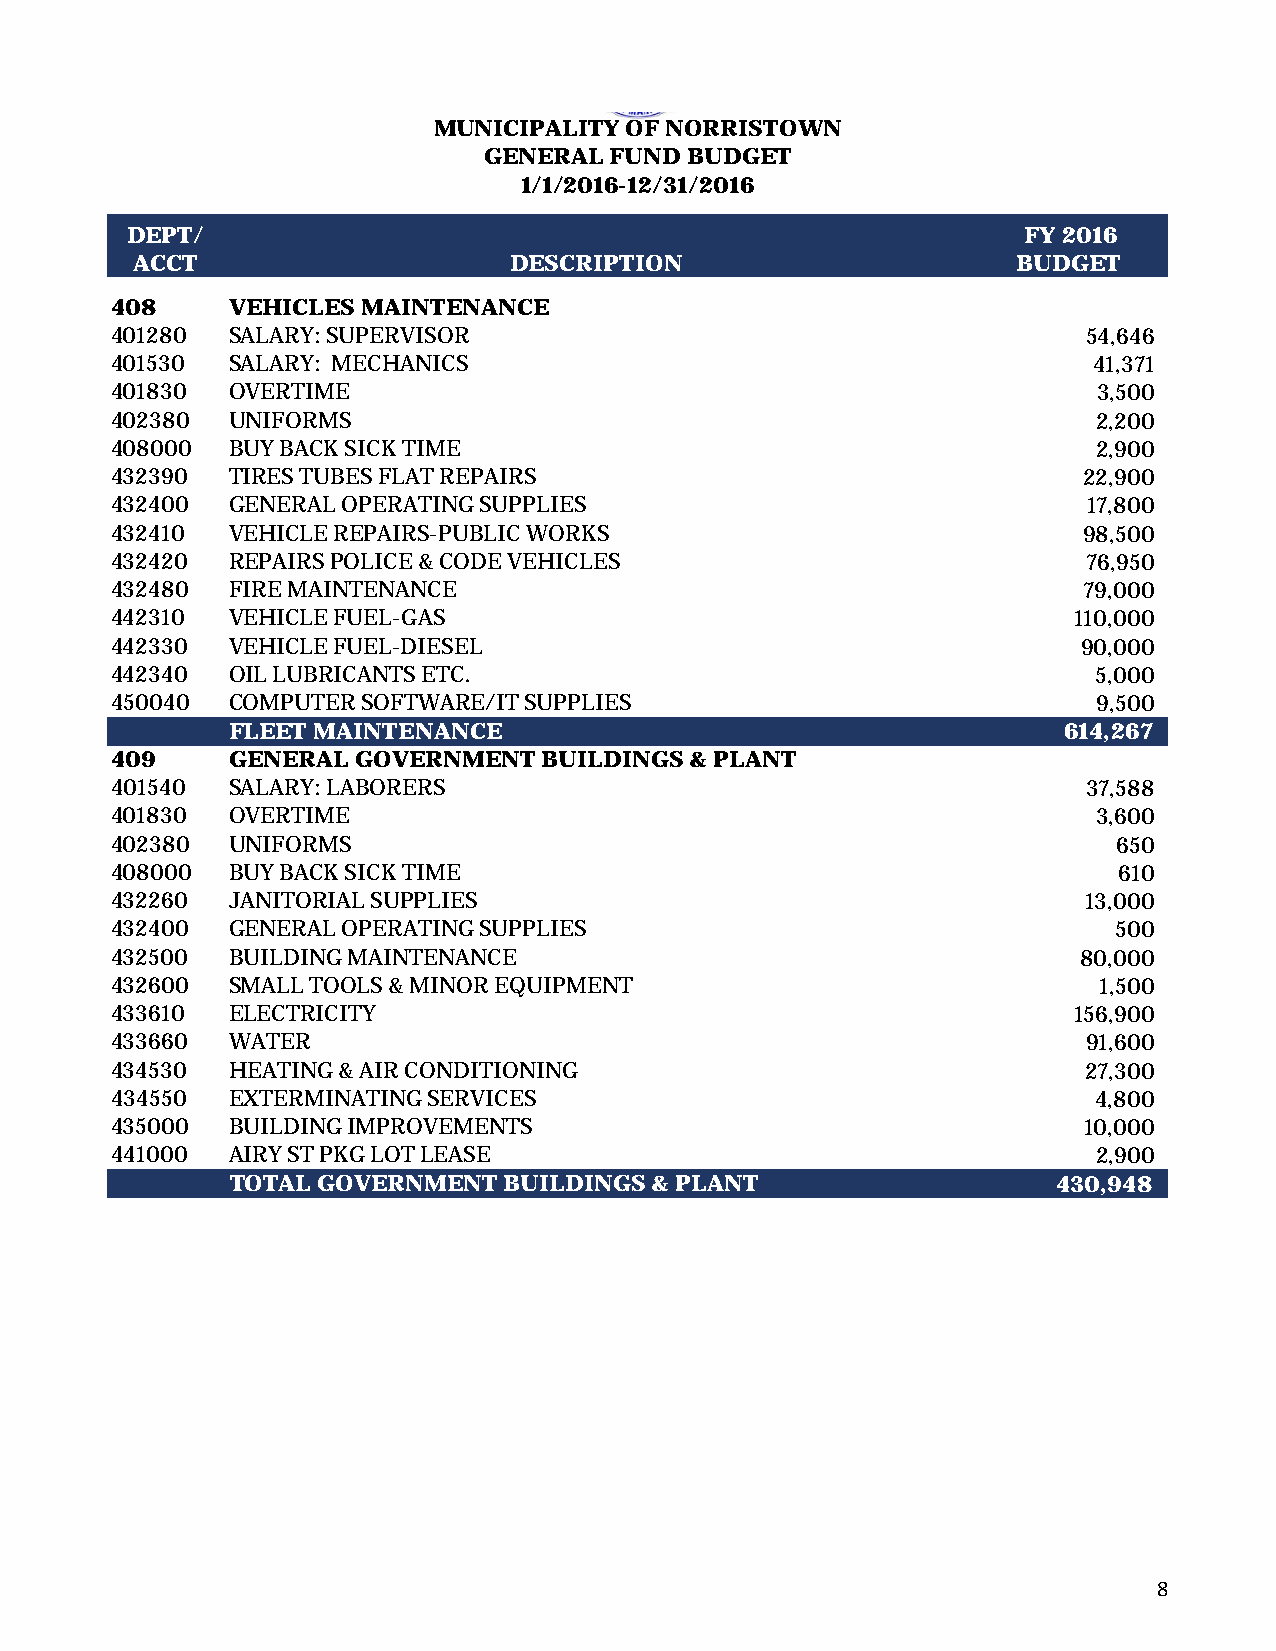
MUNICIPALITY OF NORRISTOWN
 GENERAL FUND BUDGET
 1/1/2016-12/31/2016
 DEPT/                                                      FY 2016
 ACCT                     DESCRIPTION                       BUDGET
 408     VEHICLES MAINTENANCE
 401280  SALARY: SUPERVISOR                                      5 4,646
 401530  SALARY: MECHANICS                                        41,371
 401830  OVERTIME                                                 3 ,500
 402380  UNIFORMS                                                 2,200
 408000  BUY BACK SICK TIME                                       2,900
 432390  TIRES TUBES FLAT REPAIRS                                22,900
 432400  GENERAL OPERATING SUPPLIES                               17,800
 432410  VEHICLE REPAIRS-PUBLIC WORKS                            98,500
 432420  REPAIRS POLICE & CODE VEHICLES                          76,950
 432480  FIRE MAINTENANCE                                        79,000
 442310  VEHICLE FUEL-GAS                                        110,000
 442330  VEHICLE FUEL-DIESEL                                     90,000
 442340  OIL LUBRICANTS ETC.                                      5,000
 450040  COMPUTER SOFTWARE/IT SUPPLIES                            9,500
 FLEET MAINTENANCE                                      6 14,267
 409     GENERAL GOVERNMENT   BUILDINGS & PLANT
 401540  SALARY: LABORERS                                        3 7,588
 401830  OVERTIME                                                 3,600
 402380  UNIFORMS                                                  650
 408000  BUY BACK SICK TIME                                         610
 432260  JANITORIAL SUPPLIES                                     13,000
 432400  GENERAL OPERATING SUPPLIES                                500
 432500  BUILDING MAINTENANCE                                    8 0,000
 432600  SMALL TOOLS & MINOR EQUIPMENT                            1,500
 433610  ELECTRICITY                                             156,900
 433660  WATER                                                   9 1,600
 434530  HEATING & AIR CONDITIONING                              27,300
 434550  EXTERMINATING SERVICES                                   4,800
 435000  BUILDING IMPROVEMENTS                                   10,000
 441000  AIRY ST PKG LOT LEASE                                    2,900
 TOTAL GOVERNMENT  BUILDINGS & PLANT                    430,948
 8